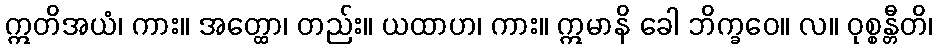
ဣတိအယံ၊ ကား။ အတ္ထော၊ တည်း။ ယထာဟ၊ ကား။ ဣမာနိ ခေါ ဘိက္ခဝေ။ လ။ ဝုစ္စန္တီတိ၊